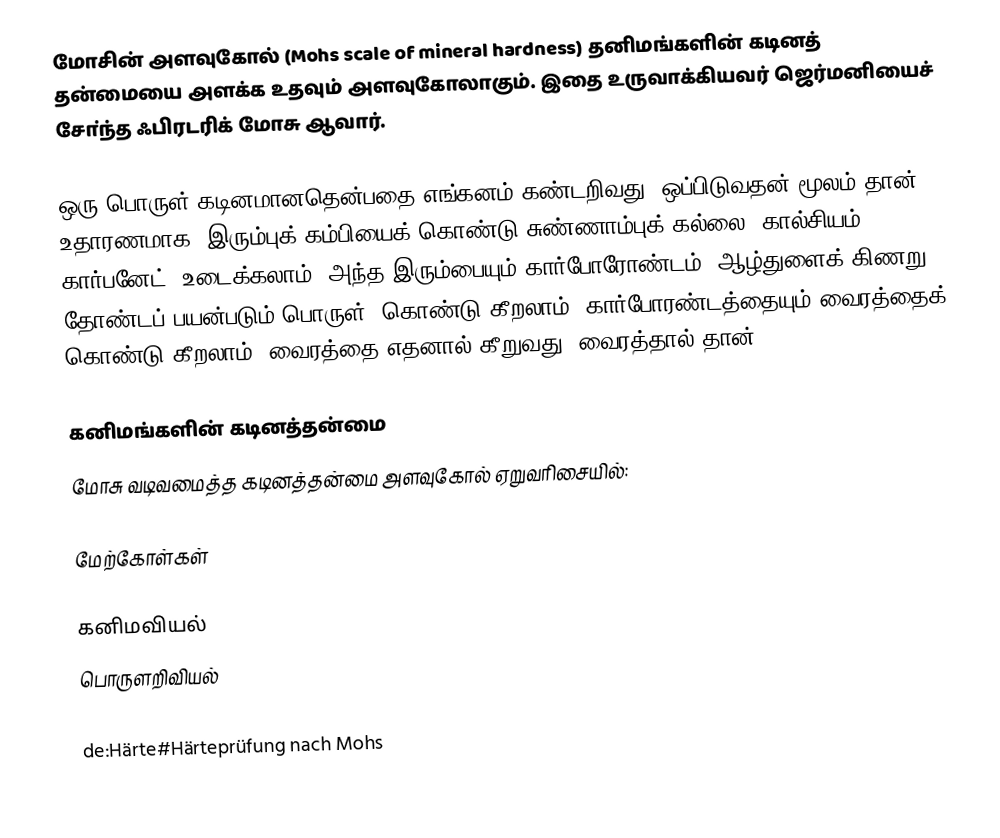
மோசின் அளவுகோல் (Mohs scale of mineral hardness) தனிமங்களின் கடினத் தன்மையை அளக்க உதவும் அளவுகோலாகும். இதை உருவாக்கியவர் ஜெர்மனியைச் சோ்ந்த ஃபிரடரிக் மோசு ஆவார்.

ஒரு பொருள் கடினமானதென்பதை எங்கனம் கண்டறிவது? ஒப்பிடுவதன் மூலம் தான். உதாரணமாக, இரும்புக் கம்பியைக் கொண்டு சுண்ணாம்புக் கல்லை (கால்சியம் கார்பனேட்) உடைக்கலாம். அந்த இரும்பையும் கார்போரோண்டம் (ஆழ்துளைக் கிணறு தோண்டப் பயன்படும் பொருள்) கொண்டு கீறலாம். கார்போரண்டத்தையும் வைரத்தைக் கொண்டு கீறலாம். வைரத்தை எதனால் கீறுவது? வைரத்தால் தான்!

கனிமங்களின் கடினத்தன்மை
மோசு வடிவமைத்த கடினத்தன்மை அளவுகோல் ஏறுவரிசையில்:

மேற்கோள்கள்

கனிமவியல்
பொருளறிவியல்

de:Härte#Härteprüfung nach Mohs